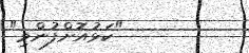
"ކަޅުއޮށްފުންމި"